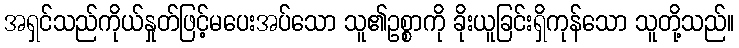
အရှင်သည်ကိုယ်နှုတ်ဖြင့်မပေးအပ်သော သူ၏ဥစ္စာကို ခိုးယူခြင်းရှိကုန်သော သူတို့သည်။